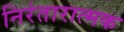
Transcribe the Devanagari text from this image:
निरंतारात्मक